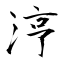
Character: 涥